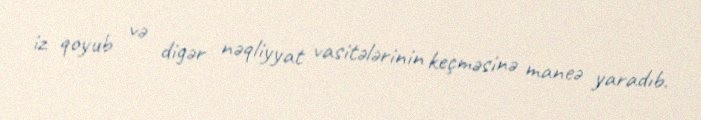
iz qoyub və digər nəqliyyat vasitələrinin keçməsinə maneə yaradıb.